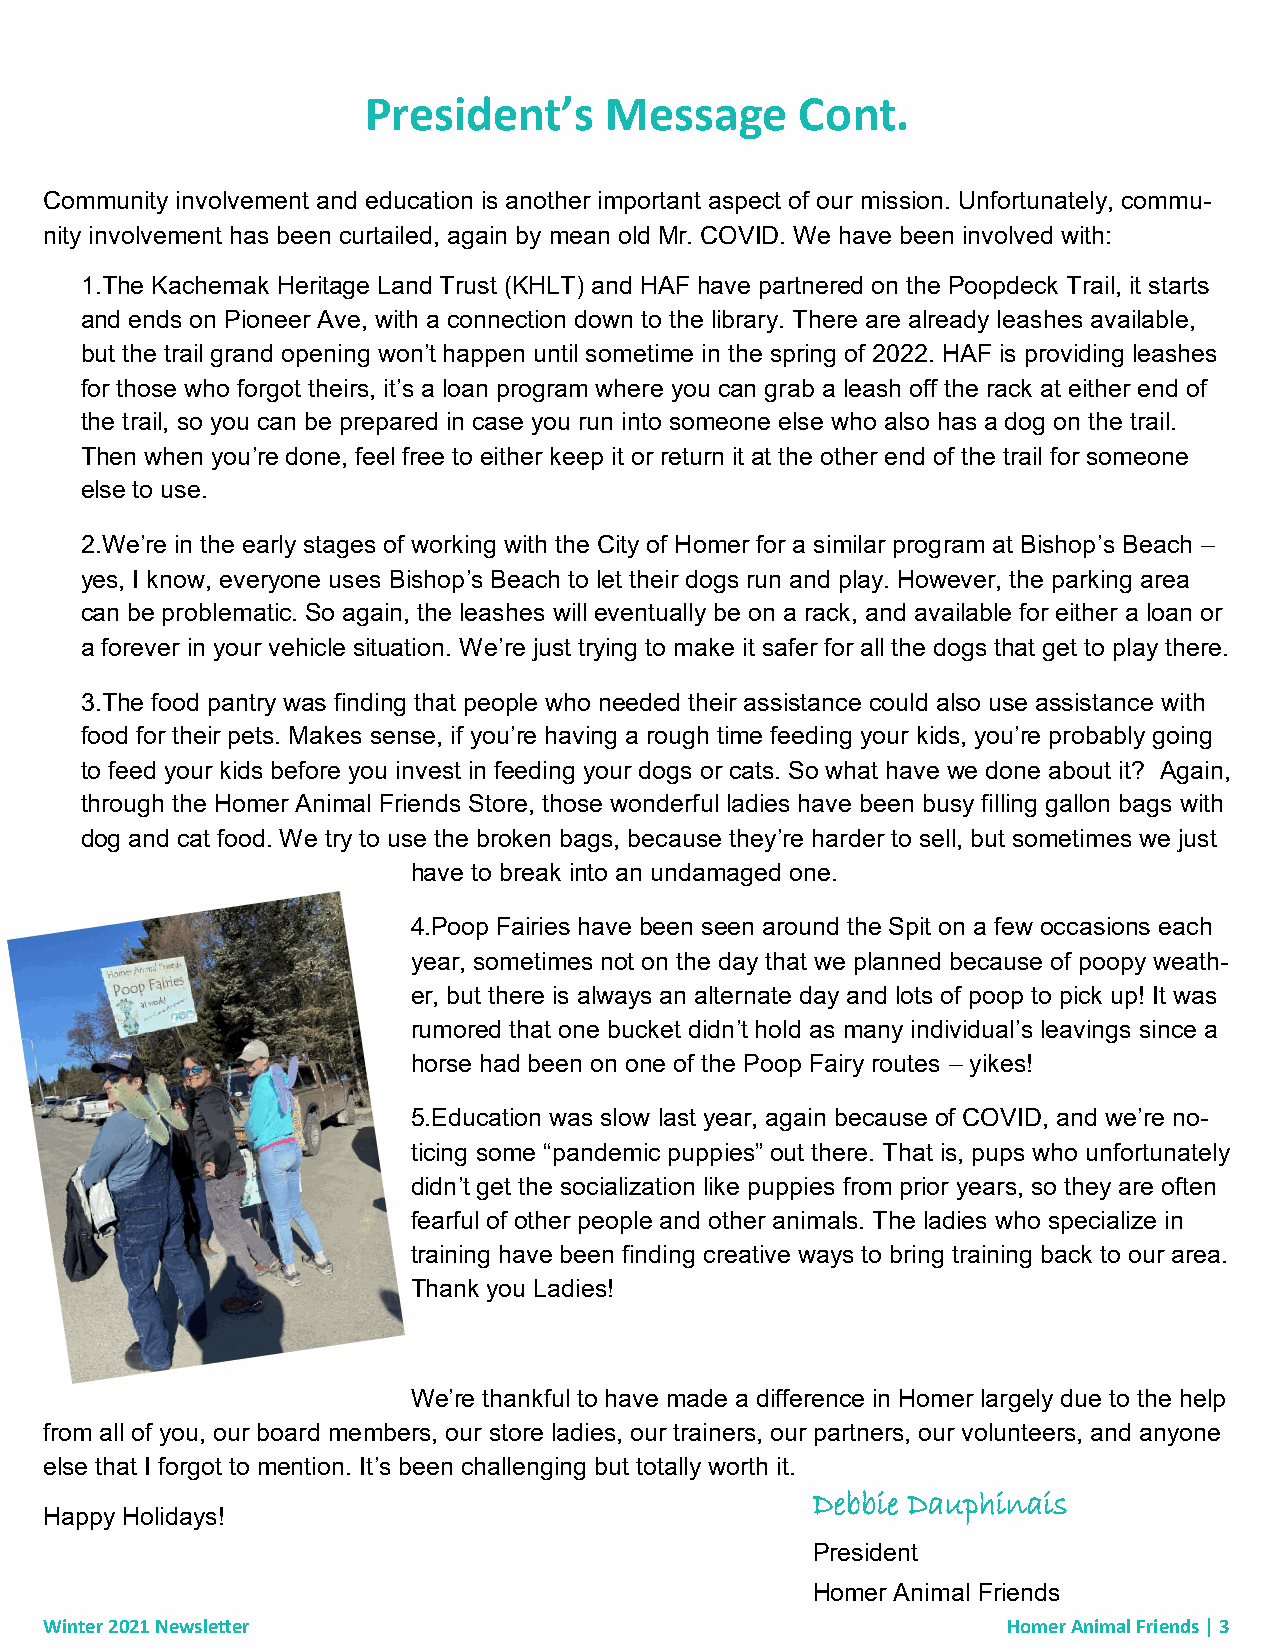
President’s     Message      Cont.
 Community involvement and education is another important aspect of our mission. Unfortunately, commu-
 nity involvement has been curtailed, again by mean old Mr. COVID. We have been involved with:
 1.The Kachemak Heritage Land Trust (KHLT) and HAF have partnered on the Poopdeck Trail, it starts
 and ends on Pioneer Ave, with a connection down to the library. There are already leashes available,
 but the trail grand opening won’t happen until sometime in the spring of 2022. HAF is providing leashes
 for those who forgot theirs, it’s a loan program where you can grab a leash off the rack at either end of
 the trail, so you can be prepared in case you run into someone else who also has a dog on the trail.
 Then when you’re done, feel free to either keep it or return it at the other end of the trail for someone
 else to use.
 2.We’re in the early stages of working with the City of Homer for a similar program at Bishop’s Beach –
 yes, I know, everyone uses Bishop’s Beach to let their dogs run and play. However, the parking area
 can be problematic. So again, the leashes will eventually be on a rack, and available for either a loan or
 a forever in your vehicle situation. We’re just trying to make it safer for all the dogs that get to play there.
 3.The food pantry was finding that people who needed their assistance could also use assistance with
 food for their pets. Makes sense, if you’re having a rough time feeding your kids, you’re probably going
 to feed your kids before you invest in feeding your dogs or cats. So what have we done about it? Again,
 through the Homer Animal Friends Store, those wonderful ladies have been busy filling gallon bags with
 dog and cat food. We try to use the broken bags, because they’re harder to sell, but sometimes we just
 have to break into an undamaged one.
 4.Poop Fairies have been seen around the Spit on a few occasions each
 year, sometimes not on the day that we planned because of poopy weath-
 er, but there is always an alternate day and lots of poop to pick up! It was
 rumored that one bucket didn’t hold as many individual’s leavings since a
 horse had been on one of the Poop Fairy routes – yikes!
 5.Education was slow last year, again because of COVID, and we’re no-
 ticing some “pandemic puppies” out there. That is, pups who unfortunately
 didn’t get the socialization like puppies from prior years, so they are often
 fearful of other people and other animals. The ladies who specialize in
 training have been finding creative ways to bring training back to our area.
 Thank you Ladies!
 We’re thankful to have made a difference in Homer largely due to the help
 from all of you, our board members, our store ladies, our trainers, our partners, our volunteers, and anyone
 else that I forgot to mention. It’s been challenging but totally worth it.
 Debbie Dauphinais
 Happy Holidays!
 President
 Homer Animal Friends
 Winter 2021 Newsletter                                          Homer Animal Friends | 3